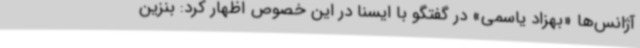
آژانس‌ها «بهزاد یاسمی» در گفتگو با ایسنا در این خصوص اظهار کرد: بنزین